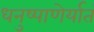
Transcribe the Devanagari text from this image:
धनुष्पाणेर्यातं